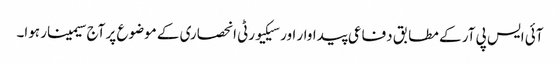
آئی ایس پی آر کے مطابق دفاعی پیداوار اور سیکیورٹی انحصاری کے موضوع پر آج سیمینار ہوا۔